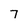
Character: 7